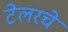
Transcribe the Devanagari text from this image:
टेलरचे